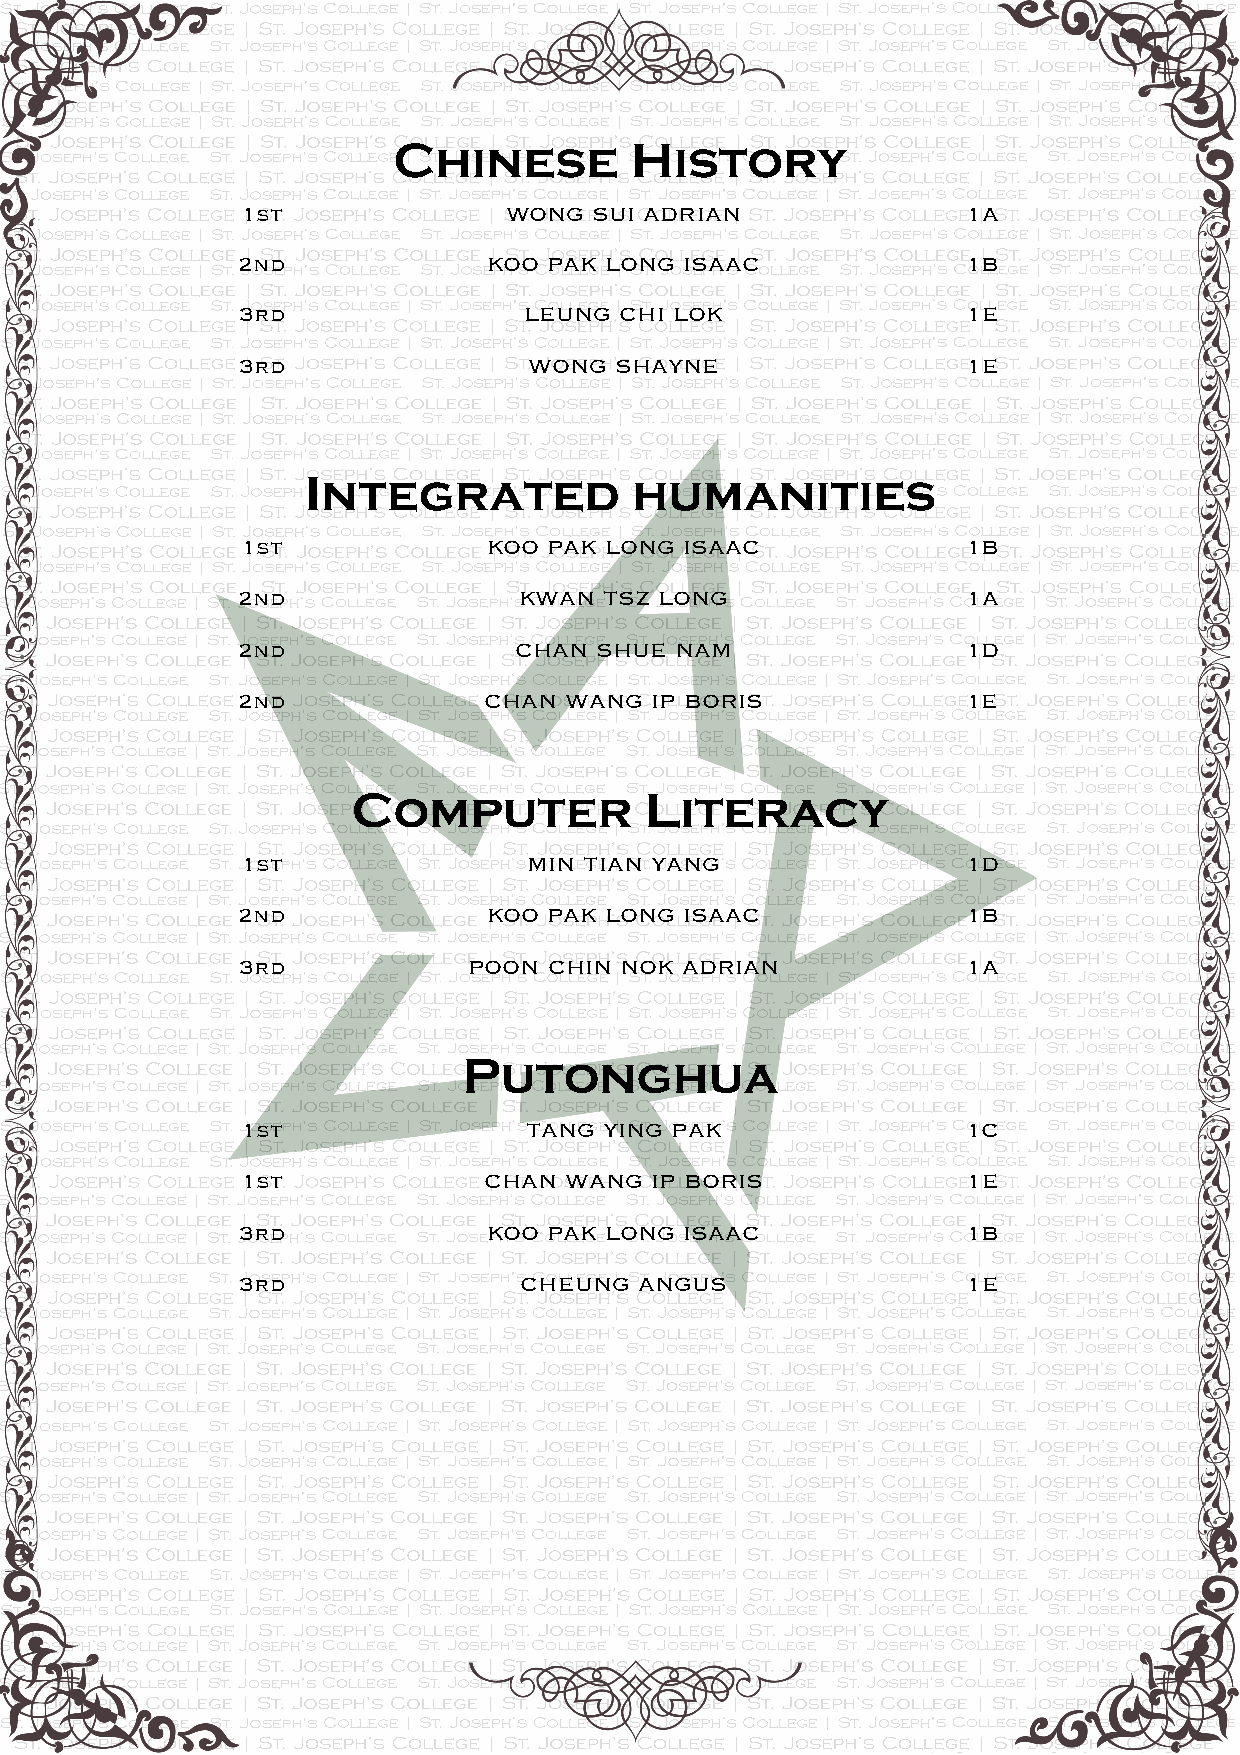
Chinese         History
 1st               WONG SUI ADRIAN               1A
 2nd             KOO PAK LONG ISAAC              1B
 3rd                LEUNG CHI LOK                1E
 3rd                WONG  SHAYNE                 1E
 Integrated            humanities
 1st             KOO PAK LONG ISAAC              1B
 2nd               KWAN  TSZ LONG                1A
 2nd               CHAN SHUE  NAM                1D
 2nd             CHAN WANG  IP BORIS             1E
 Computer            Literacy
 1st                MIN TIAN YANG                1D
 2nd             KOO PAK LONG ISAAC              1B
 3rd            POON CHIN NOK ADRIAN             1A
 Putonghua
 1st                TANG YING PAK                1C
 1st             CHAN WANG  IP BORIS             1E
 3rd             KOO PAK LONG ISAAC              1B
 3rd               CHEUNG  ANGUS                 1E